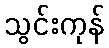
သွင်းကုန်